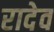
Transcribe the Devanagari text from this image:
रादेव